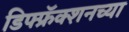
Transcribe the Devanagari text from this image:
डिफ्फ्रॅक्शनच्या